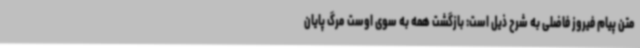
متن پیام فیروز فاضلی به شرح ذیل است: بازگشت همه به سوی اوست مرگ پایان